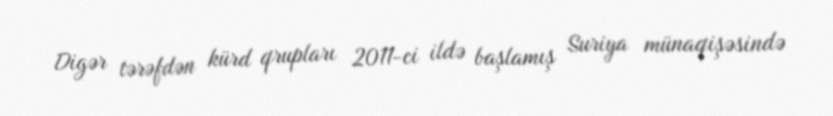
Digər tərəfdən kürd qrupları 2011-ci ildə başlamış Suriya münaqişəsində